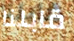
قابلنا